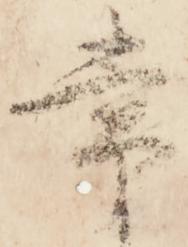
常